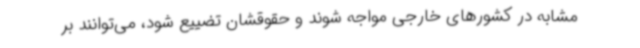
مشابه در کشورهای خارجی مواجه شوند و حقوقشان تضییع شود، می‌توانند بر